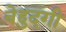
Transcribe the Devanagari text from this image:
बेहुदगी